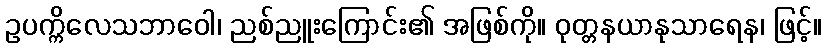
ဥပက္ကိလေသဘာဝေါ၊ ညစ်ညူးကြောင်း၏ အဖြစ်ကို။ ဝုတ္တနယာနုသာရေန၊ ဖြင့်။